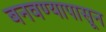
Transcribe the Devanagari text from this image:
बनवण्यापासून